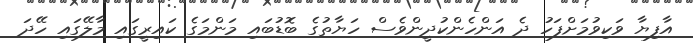
އާފިޔާ ވަކިވުމަށްފަހު ދެ އަންހެންކުދީންވެސް ހަޔާތުގެ ބޮޑުބައި މަންމަގެ ކައިރީގައި މާލޭގައި ހޭދަ